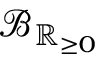
\operatorname { \mathcal { B } } _ { \mathbb { R } _ { \geq 0 } }